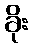
ခိုး